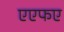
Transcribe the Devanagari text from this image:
एएफए